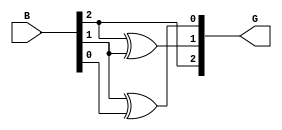
module gray_code_encoder #(parameter N = 3) (
    input  [N-1:0] B,  // n-bit binary input
    output [N-1:0] G   // n-bit Gray code output
);

    // Assign the most significant bit (MSB) of Gray code
    assign G[N-1] = B[N-1];

    // Generate the remaining bits of Gray code using XOR
    genvar i;
    generate
        for (i = N-2; i >= 0; i = i - 1) begin : gray_conversion
            assign G[i] = B[i+1] ^ B[i];
        end
    endgenerate

endmodule